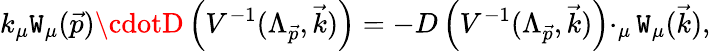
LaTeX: k_{\mu}\mathtt{W}_{\mu}(\vec{{p}})\cdotD\left(V^{-1}(\Lambda_{\vec{{p}}},\vec{{k}})\right)=-D\left(V^{-1}(\Lambda_{\vec{{p}}},\vec{{k}})\right)\cdotp_{\mu}\mathtt{W}_{\mu}(\vec{{k}}),